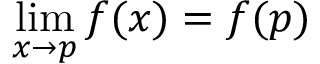
\operatorname* { l i m } _ { x \to p } f ( x ) = f ( p )